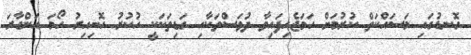
ގޮނޑުގައި މަސައްކަތް ކުރުމަށް ހަމަޖެހިފައިވާ ދުވަސްތަކާއި ގަޑިތަކަކީ ހުކުރު ހޮނިހިރު ހޯމަ އަންގާރަ